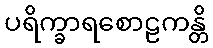
ပရိက္ခာရစောဠကန္တိ